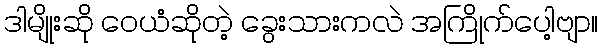
ဒါမျိုးဆို ဝေယံဆိုတဲ့ ခွေးသားကလဲ အကြိုက်ပေါ့ဗျာ။